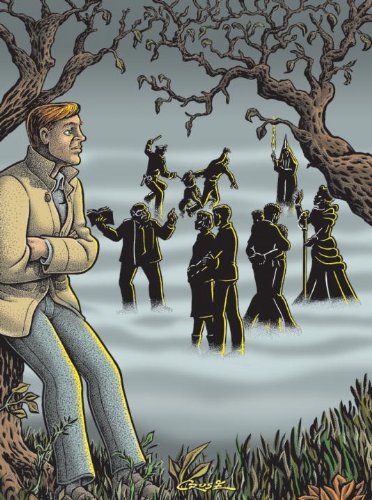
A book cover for Stuck Rubber Baby (New Edition); Howard Cruse; Comics & Graphic Novels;